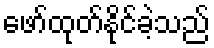
ဖော်ထုတ်နိုင်ခဲ့သည်